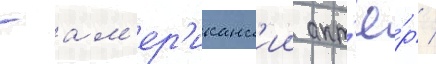
- ам'ер'иканск'ии акт'ё́р /